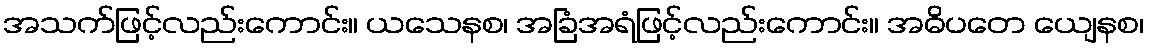
အသက်ဖြင့်လည်းကောင်း။ ယသေနစ၊ အခြံအရံဖြင့်လည်းကောင်း။ အဓိပတေ ယျေနစ၊